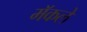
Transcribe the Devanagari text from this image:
मॅकले